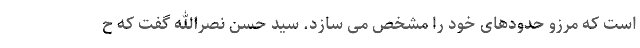
است که مرزو حدودهای خود را مشخص می سازد. سید حسن نصرالله گفت که ح